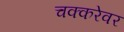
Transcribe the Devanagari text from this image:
चक्करेवर